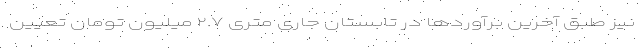
نیز طبق آخرین برآوردها در تابستان جاری متری ۲.۷ میلیون تومان تعیین